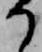
か